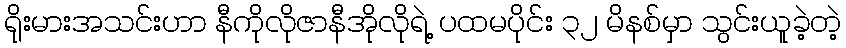
ရိုးမားအသင်းဟာ နီကိုလိုဇာနီအိုလိုရဲ့ ပထမပိုင်း ၃၂ မိနစ်မှာ သွင်းယူခဲ့တဲ့